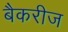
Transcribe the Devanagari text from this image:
बैकरीज